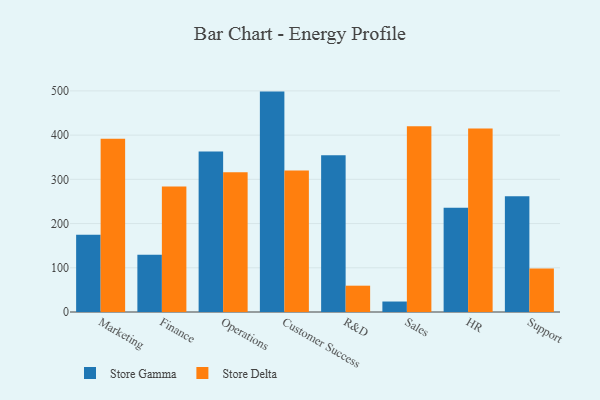
{"axis": {"x": "Department", "y": "Website Visitors"}, "legend": ["Store Delta", "Store Gamma"], "data": [{"x": "Marketing", "y": 174.9, "type": "Store Gamma"}, {"x": "Marketing", "y": 392.0, "type": "Store Delta"}, {"x": "Finance", "y": 129.5, "type": "Store Gamma"}, {"x": "Finance", "y": 284.0, "type": "Store Delta"}, {"x": "Operations", "y": 362.9, "type": "Store Gamma"}, {"x": "Operations", "y": 316.3, "type": "Store Delta"}, {"x": "Customer Success", "y": 498.4, "type": "Store Gamma"}, {"x": "Customer Success", "y": 319.8, "type": "Store Delta"}, {"x": "R&D", "y": 354.3, "type": "Store Gamma"}, {"x": "R&D", "y": 59.5, "type": "Store Delta"}, {"x": "Sales", "y": 23.7, "type": "Store Gamma"}, {"x": "Sales", "y": 419.8, "type": "Store Delta"}, {"x": "HR", "y": 235.8, "type": "Store Gamma"}, {"x": "HR", "y": 414.9, "type": "Store Delta"}, {"x": "Support", "y": 261.9, "type": "Store Gamma"}, {"x": "Support", "y": 98.6, "type": "Store Delta"}]}